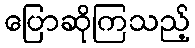
ပြောဆိုကြသည့်